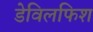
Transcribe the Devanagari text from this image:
डेविलफिश